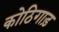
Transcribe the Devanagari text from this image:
कोठिगाड़